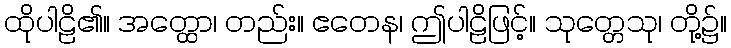
ထိုပါဠိ၏။ အတ္ထော၊ တည်း။ ဧတေန၊ ဤပါဠိဖြင့်။ သုတ္တေသု၊ တို့၌။